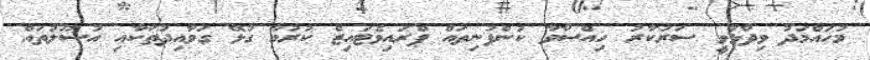
މުހައްމަދު ވިދާޅުވީ ސަރުކާރު ހިއްސާވާ ކުންފުނިތައް ޕްރައިވެޓައިޒް ކުރުމާ ގުޅޭ ގަވާއިދުތަކާއި އުސޫލުތައް